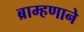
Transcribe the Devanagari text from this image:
ब्राम्हणाने